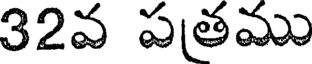
32వ పతము